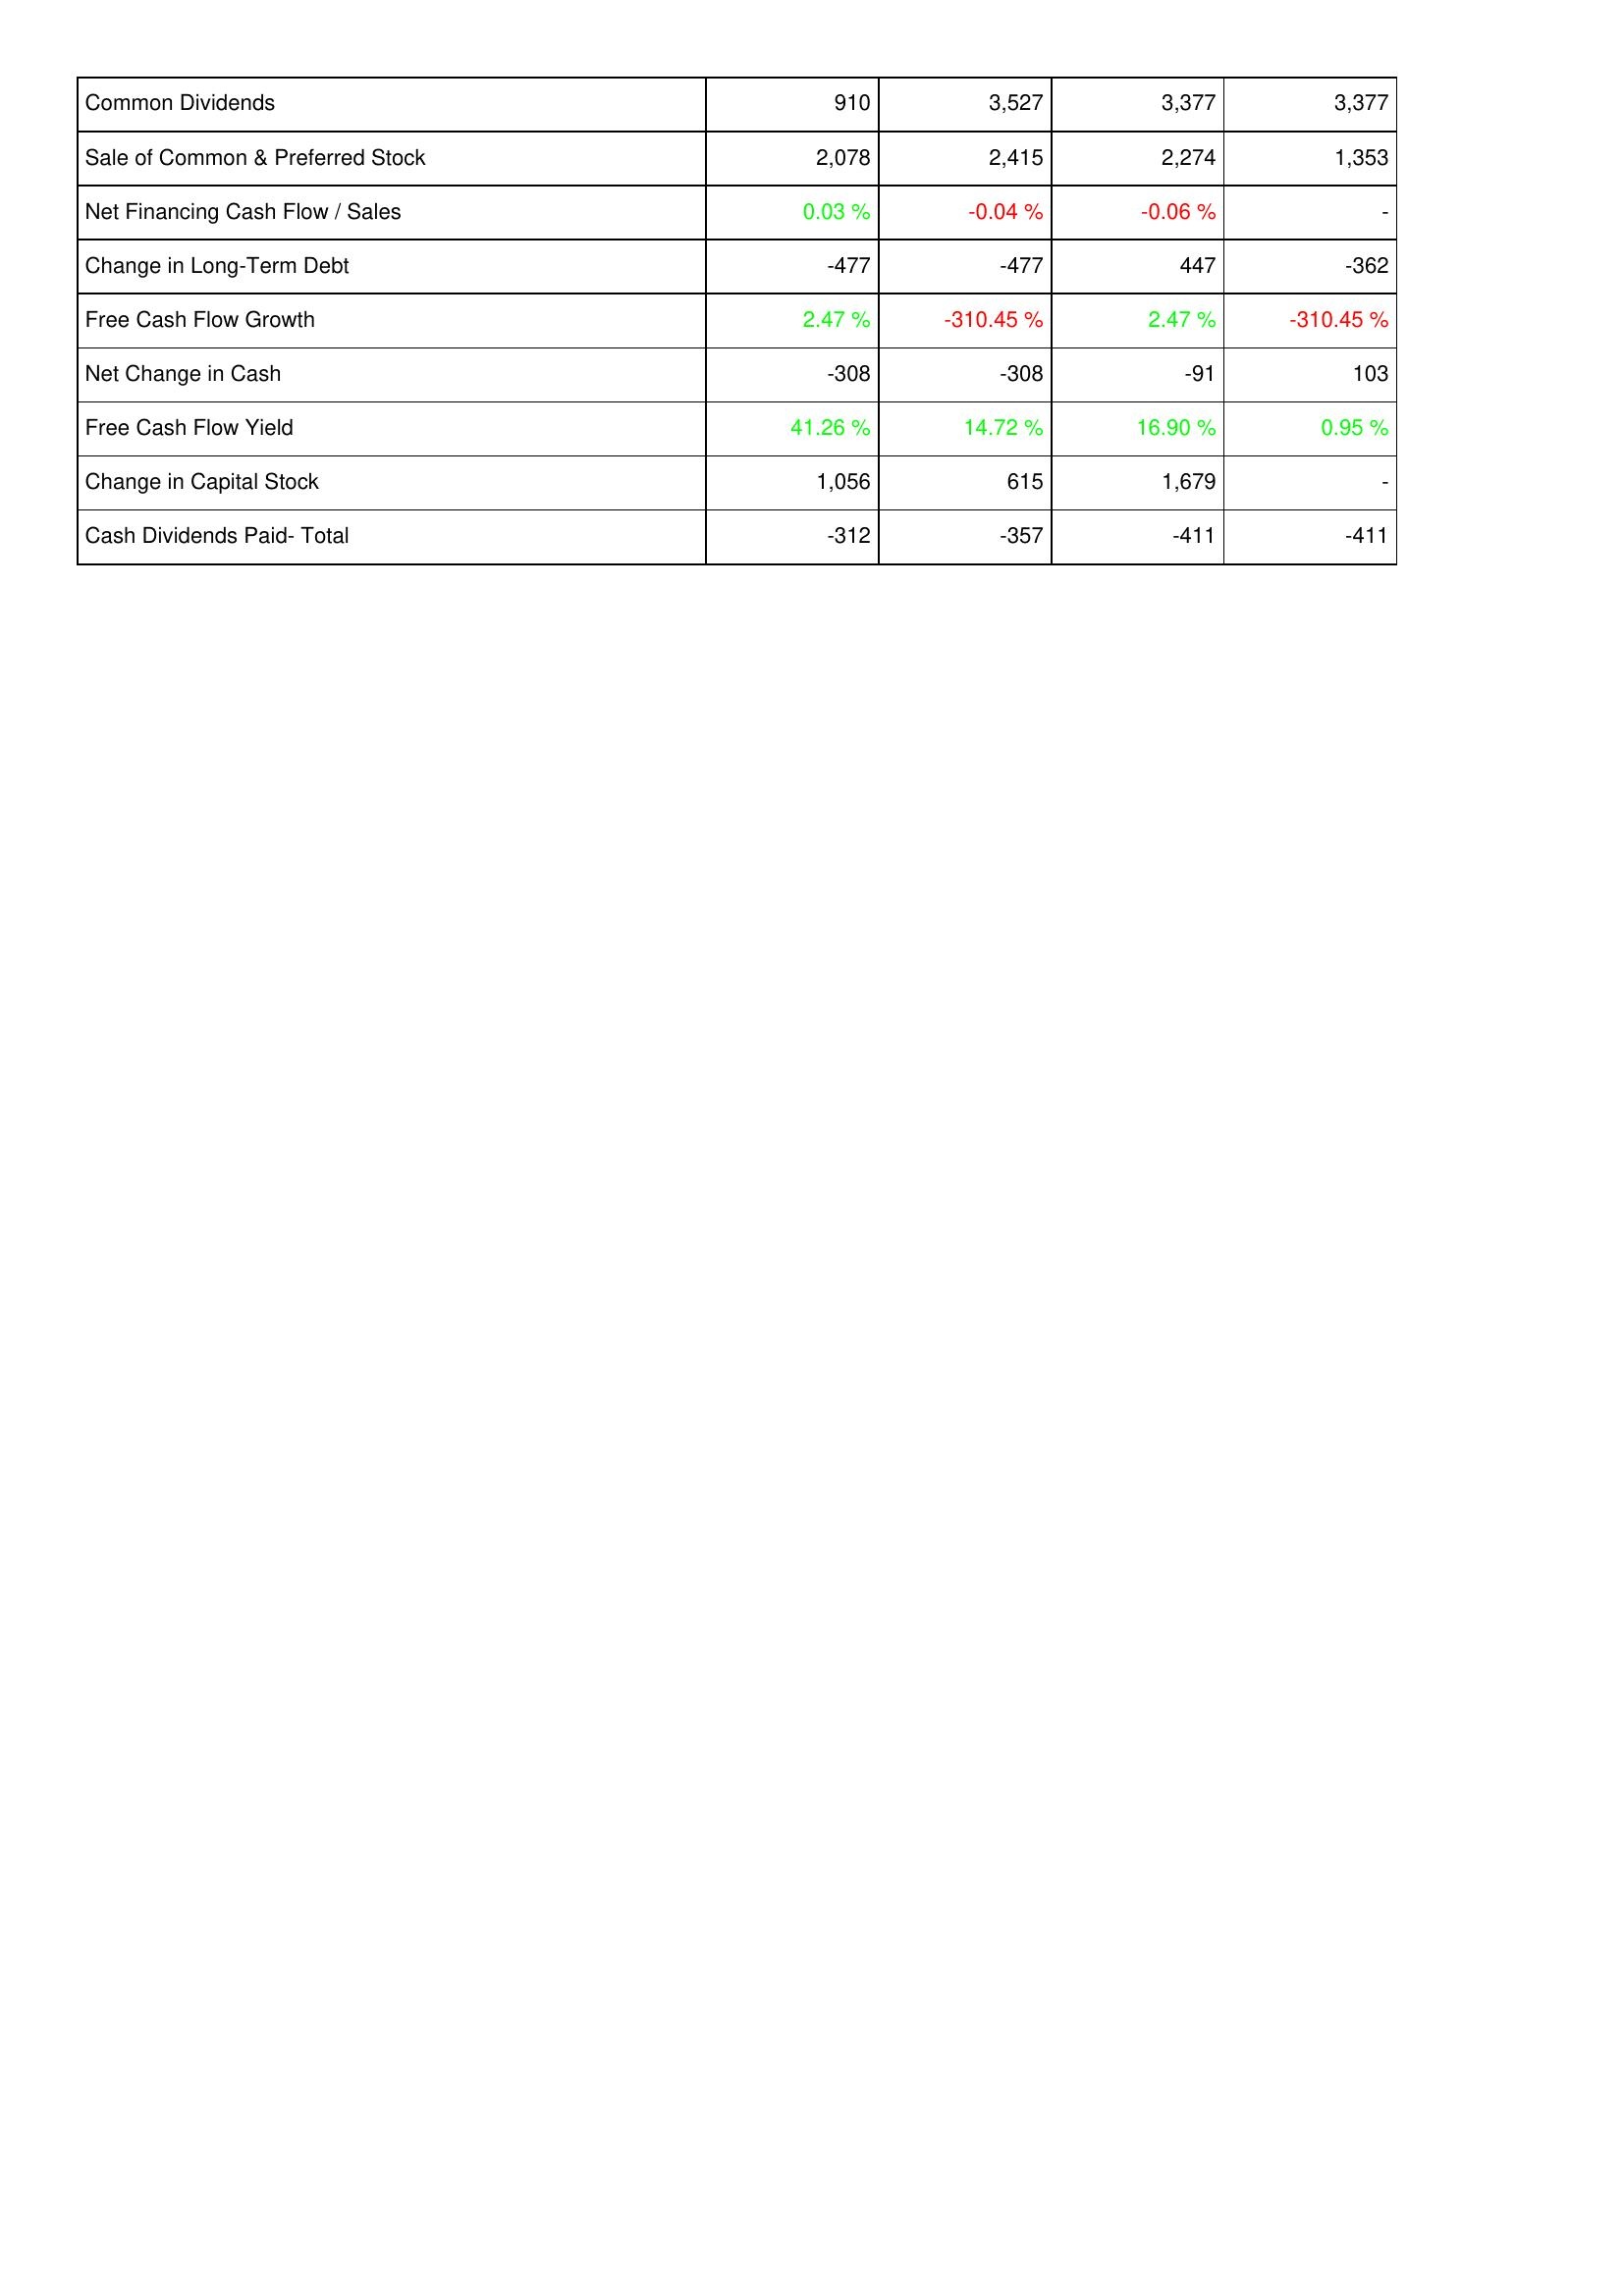
2018: Financing Activities: Common Dividends: 910
Sale of Common & Preferred Stock: 2,078
Net Financing Cash Flow / Sales: 0.03 %
Change in Long-Term Debt: -477
Free Cash Flow Growth: 2.47 %
Net Change in Cash: -308
Free Cash Flow Yield: 41.26 %
Change in Capital Stock: 1,056
Cash Dividends Paid- Total: -312
2017: Financing Activities: Common Dividends: 3,527
Sale of Common & Preferred Stock: 2,415
Net Financing Cash Flow / Sales: -0.04 %
Change in Long-Term Debt: -477
Free Cash Flow Growth: -310.45 %
Net Change in Cash: -308
Free Cash Flow Yield: 14.72 %
Change in Capital Stock: 615
Cash Dividends Paid- Total: -357
2016: Financing Activities: Common Dividends: 3,377
Sale of Common & Preferred Stock: 2,274
Net Financing Cash Flow / Sales: -0.06 %
Change in Long-Term Debt: 447
Free Cash Flow Growth: 2.47 %
Net Change in Cash: -91
Free Cash Flow Yield: 16.90 %
Change in Capital Stock: 1,679
Cash Dividends Paid- Total: -411
2015: Financing Activities: Common Dividends: 3,377
Sale of Common & Preferred Stock: 1,353
Net Financing Cash Flow / Sales: -
Change in Long-Term Debt: -362
Free Cash Flow Growth: -310.45 %
Net Change in Cash: 103
Free Cash Flow Yield: 0.95 %
Change in Capital Stock: -
Cash Dividends Paid- Total: -411